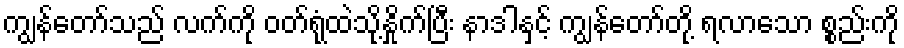
ကျွန်တော်သည် လက်ကို ဝတ်ရုံထဲသို့နှိုက်ပြီး နာဒါနှင့် ကျွန်တော်တို့ ရလာသော စ္စည်းကို